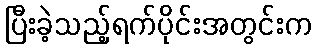
ပြီးခဲ့သည့်ရက်ပိုင်းအတွင်းက